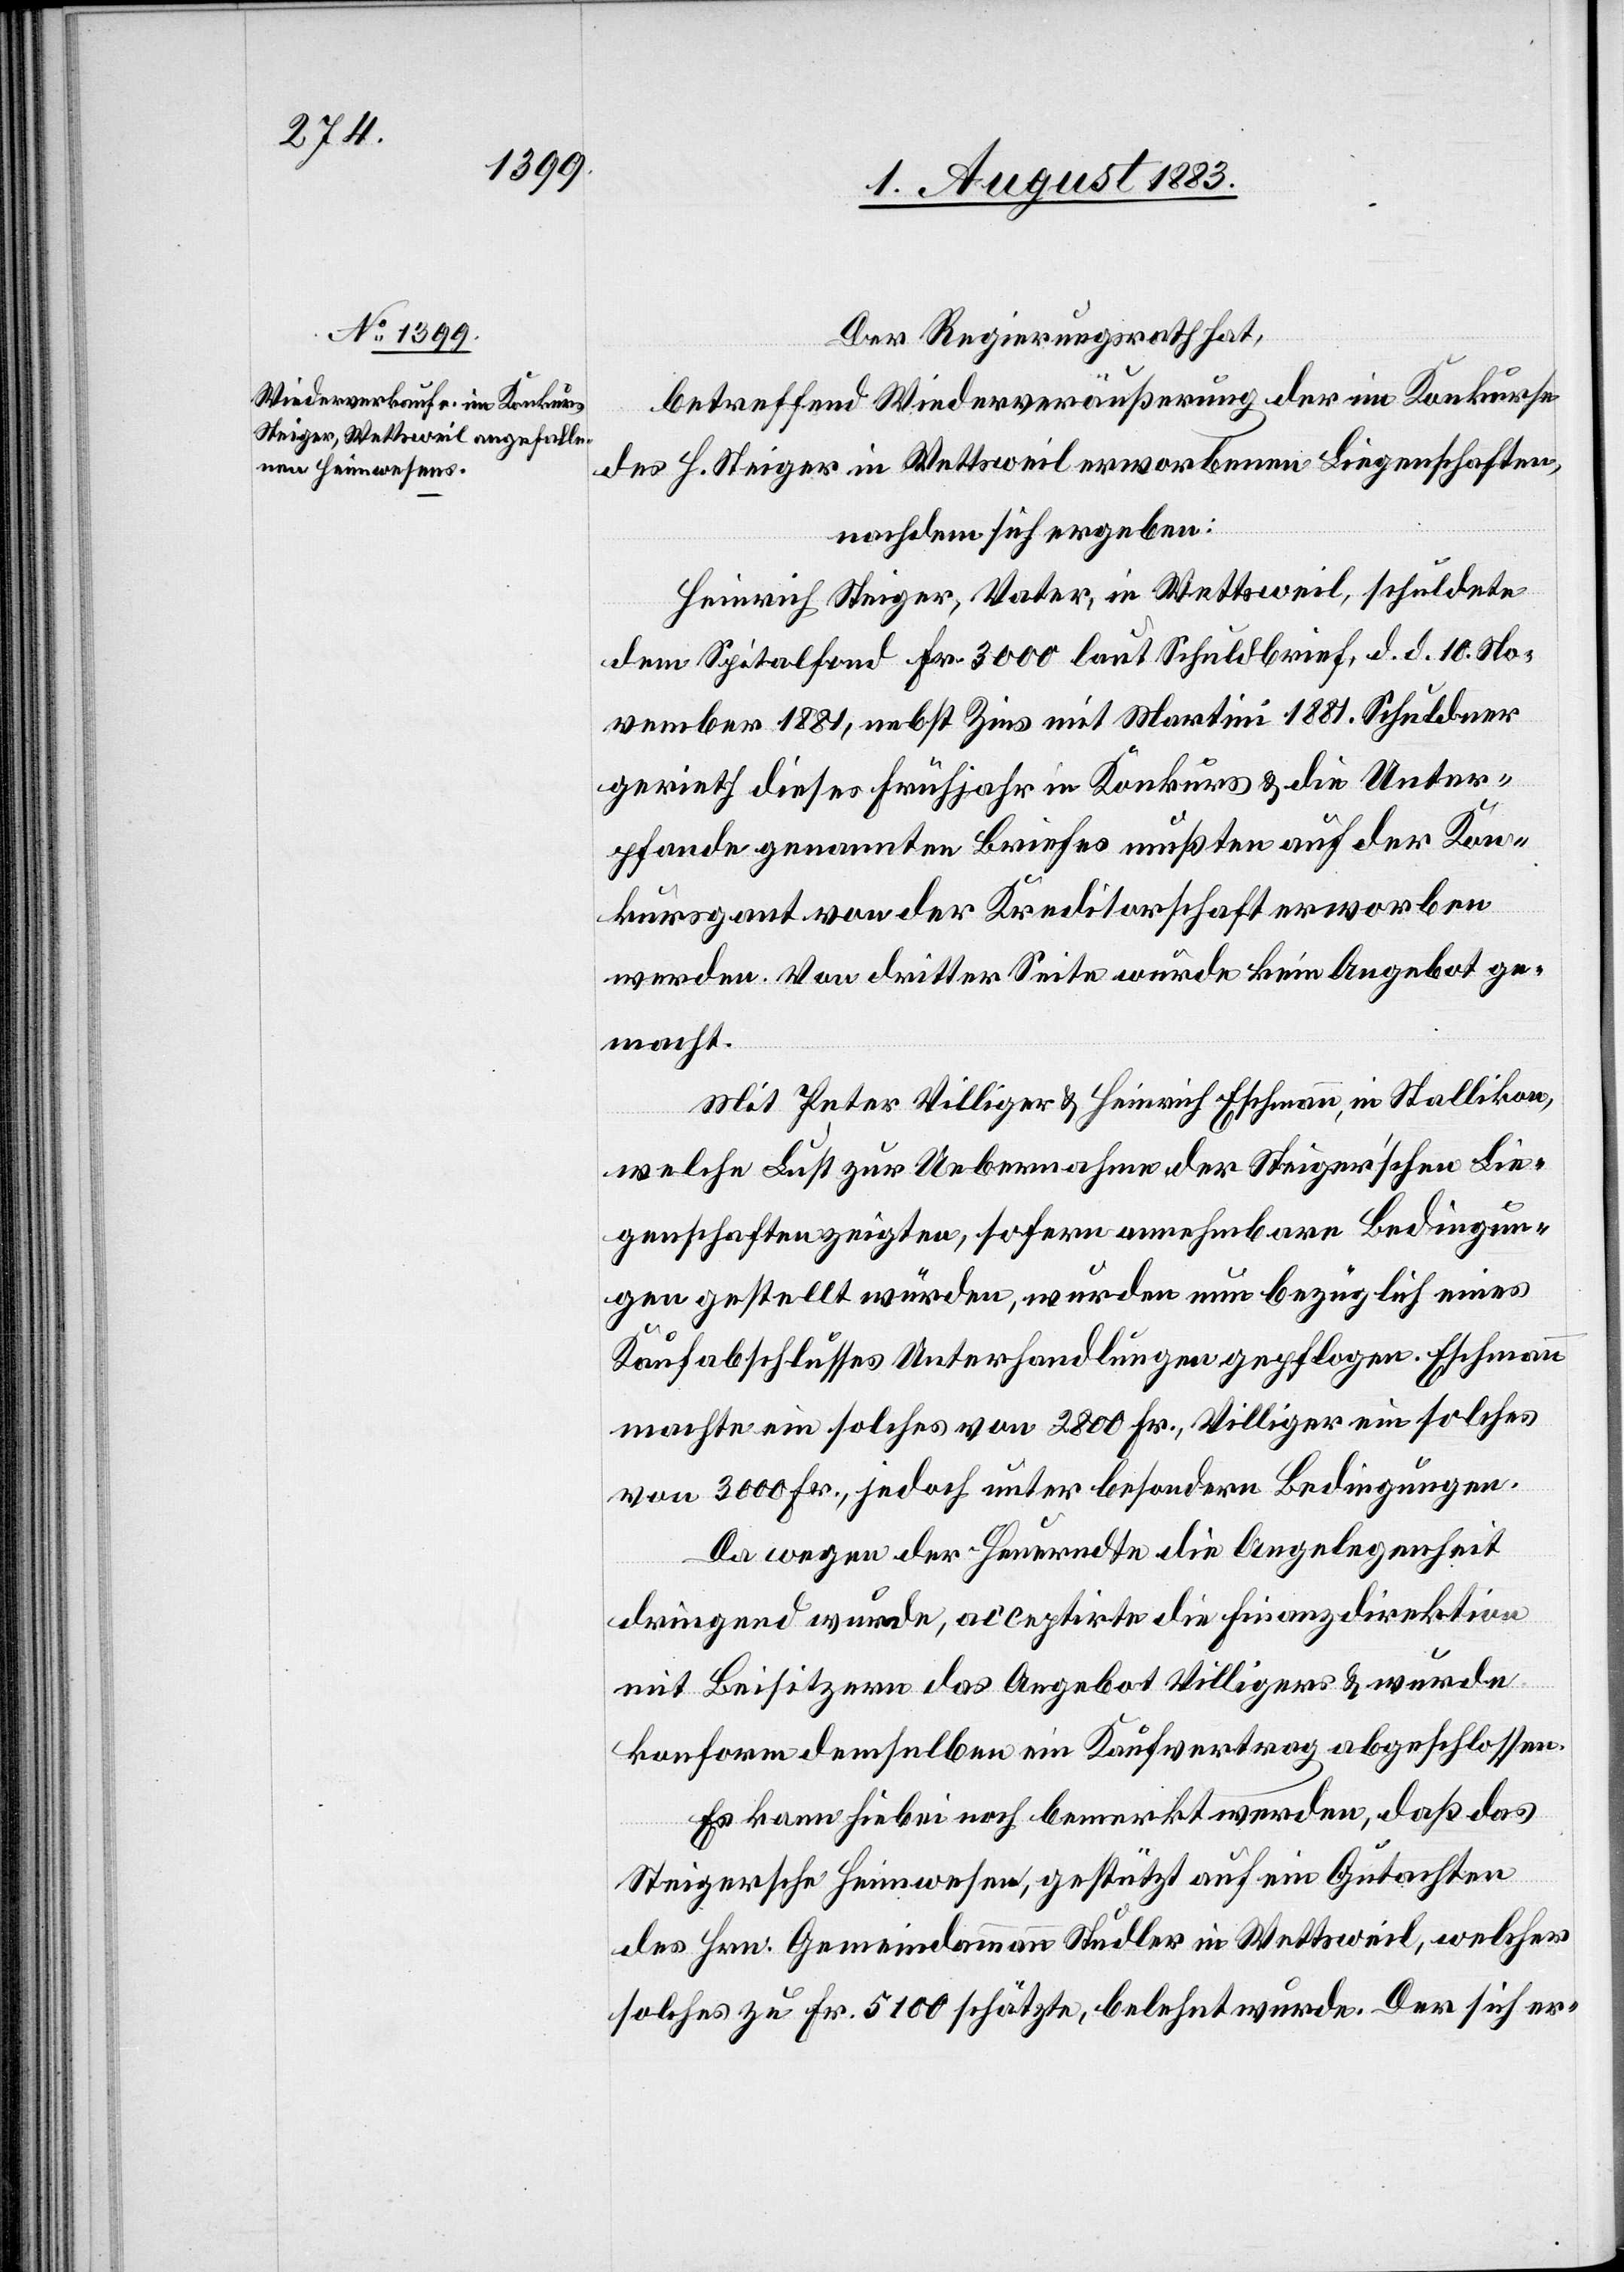
Der Regierungsrath hat,
betreffend Wiederveräußerung der im Konkurse
des H. Steiger in Wettsweil erworbenen Liegenschaften,
nachdem sich ergeben:
Heinrich Steiger, Vater, in Wettsweil, schuldete
dem Spitalfond Fr. 3000 laut Schuldbrief, d. d. 10. No¬
vember 1881, nebst Zins mit Martini 1881. Schuldner
gerieth dieses Frühjahr in Konkurs & die Unter¬
pfande genannten Briefes mußten auf der Kon¬
kursgant von der Kreditorschaft erworben
werden. Von dritter Seite wurde kein Angebot ge¬
macht.
Mit Peter Villiger & Heinrich Eschmann, Stallikon,
welche Lust zur Uebernahme der Steiger’schen Lie¬
genschaften zeigten, sofern annehmbare Bedingun¬
gen gestellt würden, wurden nun bezüglich eines
Kaufabschlusses Unterhandlungen gepflogen. Eschmann
machte ein solches [sic!] von 2800 Fr., Villiger ein solches
von 3000 Fr., jedoch unter besondern Bedingungen.
Da wegen der Heuerndte die Angelegenheit
dringen wurde, acceptirte die Finanzdirektion
mit Beisitzern das Angebot Villiger & wurde
konform demselben ein Kaufvertrag abgeschlossen.
Es kann hiebei noch bemerkt werden, daß das
Steigersche Heimwesen, gestützt auf ein Gutachten
des Hrn. Gemeindammann Studler in Wettsweil, welcher
solches zu Fr. 5100 schätzte, belehnt wurde. Der sich er-